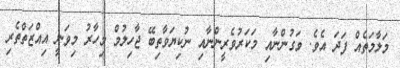
މަލާމަތެއް ފަދަ އެވެ. ވަގުންނާއި މަކަރުވެރީންނާއި ނުކިޔަވާތިބޭ ޖާހިލުމް މިހާރު މިވަނީ އިއްޒަތްތެރި